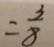
= \frac { 3 } { 8 }